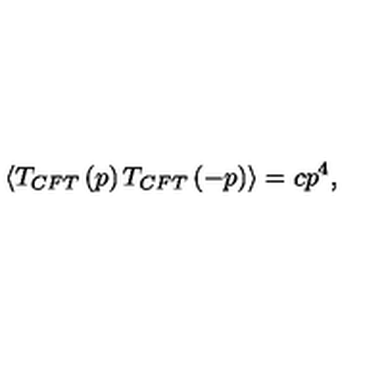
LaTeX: \langle T _ { C F T } \left( p \right) T _ { C F T } \left( - p \right) \rangle = c p ^ { 4 } ,